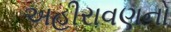
અહીરાવણનો